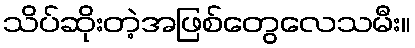
သိပ်ဆိုးတဲ့အဖြစ်တွေလေသမီး။